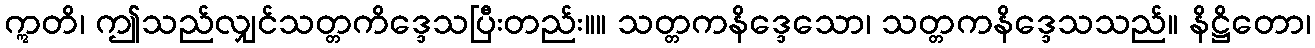
ဣတိ၊ ဤသည်လျှင်သတ္တကိဒ္ဒေသပြီးတည်း။။ သတ္တကနိဒ္ဒေသော၊ သတ္တကနိဒ္ဒေသသည်။ နိဋ္ဌိတော၊